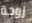
زوجة